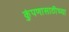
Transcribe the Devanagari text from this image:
कुंपणासाठीच्या